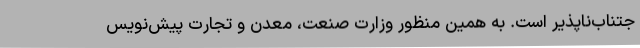
جتناب‌ناپذیر است. به همین منظور وزارت صنعت، معدن و تجارت پیش‌نویس